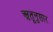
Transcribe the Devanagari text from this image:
ऋतूनुसार